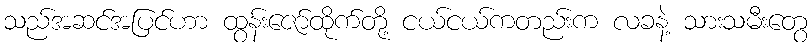
သည်အဆင်အပြင်ဟာ ထွန်းဇော်ထိုက်တို့ ငယ်ငယ်ကတည်းက လခနဲ့ သားသမီးတွေ